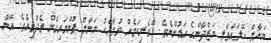
ޔަނާލް ހޭލައްވާލީ ޔަޒްދާންގެ އަޑުންނެވެ. ހޭވެރިކަމެއް ވުމާއެކު ޔަނާލް ފުންމައިގެން ތެދުވިއެވެ. އޭނާ